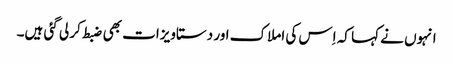
انہوں نے کہا کہ اِس کی املاک اور دستاویزات بھی ضبط کر لی گئی ہیں۔